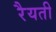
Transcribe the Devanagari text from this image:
रैयती